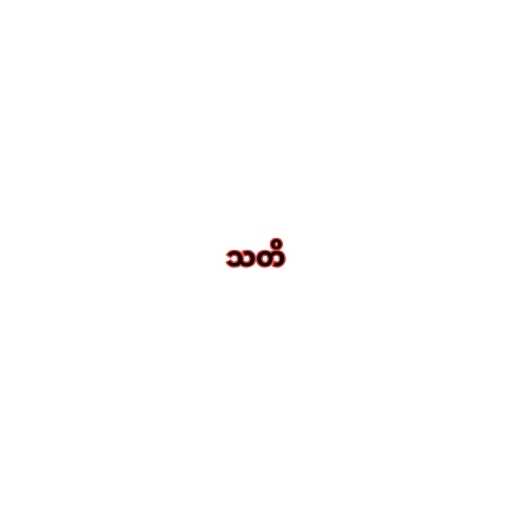
သတိ